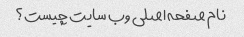
نام صفحه اصلی وب سایت چیست؟